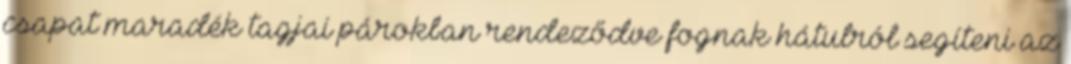
csapat maradék tagjai párokban rendeződve fognak hátulról segíteni az